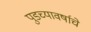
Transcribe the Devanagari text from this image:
पुडच्यावर्षाचे